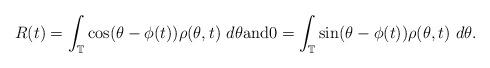
LaTeX: \begin{align*}R(t) = \int_{\mathbb T} \cos(\theta - \phi(t)) \rho (\theta, t) ~ d\theta {\rm{and}} 0= \int_{\mathbb T} \sin(\theta - \phi(t)) \rho (\theta, t) ~ d\theta.\end{align*}